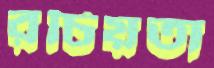
রচিয়তা